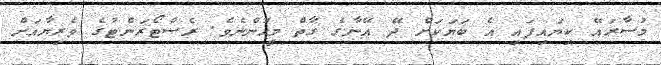
މުސާރައޭ ކިޔައިފައި އެ ބަޔަކަށް ދޭ އޭނާގެ ގާތް މީހުންނެވެ. ރެސްޓޯރަންޓުގެ ވެރިޔާއަށް